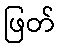
ဖြတ်